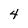
Character: 4